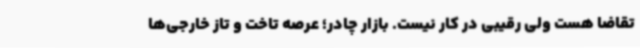
تقاضا هست ولی رقیبی در کار نیست. بازار چادر؛ عرصه تاخت و تاز خارجی‌ها